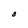
Character: 0